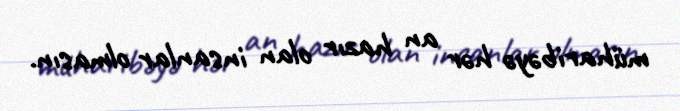
müharibəyə hər an hazır olan insanlar olmasın.